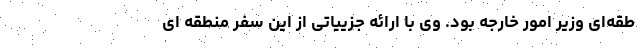
طقه‌ای وزیر امور خارجه بود. وی با ارائه جزییاتی از این سفر منطقه ای